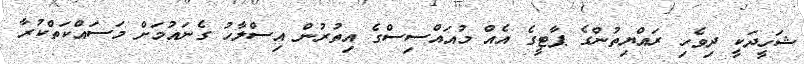
ޝަހީދަކީ ދިވެހި ރައްޔިތުންގެ ޕާޓީގެ އެއް މުއައްސިސްގެ އިތުރުން އިސްލާހު ގެނައުމަށް މަސައްކަތްކުރާ